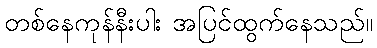
တစ်နေကုန်နီးပါး အပြင်ထွက်နေသည်။